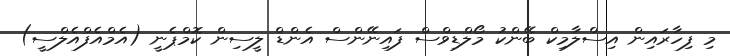
މި ފިހާރައިން އިސްލާމިކް ބޭންކު މޯލްޑިވްސް ފައިނޭންސް އެންޑް ލީސިން ކޮމްޕެނީ (އެމްއެފްއެލްސީ)